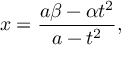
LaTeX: x = { \frac { a \beta - \alpha t ^ { 2 } } { a - t ^ { 2 } } } ,